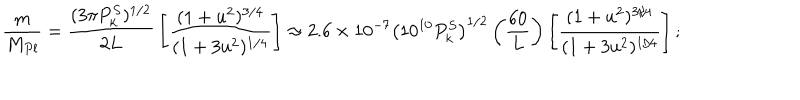
{ \frac { m } { M _ { P l } } } = { \frac { ( 3 \pi P _ { k } ^ { S } ) ^ { 1 / 2 } } { 2 L } } \left[ { \frac { ( 1 + u ^ { 2 } ) ^ { 3 / 4 } } { ( 1 + 3 u ^ { 2 } ) ^ { 1 / 4 } } } \right] \approx 2 . 6 \times 1 0 ^ { - 7 } \left( 1 0 ^ { 1 0 } P _ { k } ^ { S } \right) ^ { 1 / 2 } \left( { \frac { 6 0 } { L } } \right) \left[ { \frac { ( 1 + u ^ { 2 } ) ^ { 3 / 4 } } { ( 1 + 3 u ^ { 2 } ) ^ { 1 / 4 } } } \right] ;